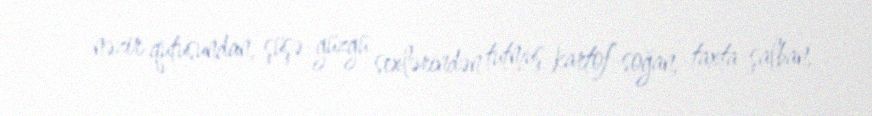
- nəzir qutusundan, şüşə-güzgü sexlərindən tutmuş kartof-soğan, taxta-şalban,